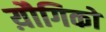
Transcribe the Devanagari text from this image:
य़ौगिकों